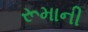
રૂમાની